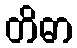
တိဓာ